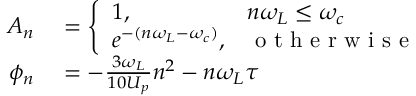
\begin{array} { r l } { A _ { n } } & { { } = \left\{ \begin{array} { l l } { 1 , } & { n \omega _ { L } \leq \omega _ { c } } \\ { e ^ { - ( n \omega _ { L } - \omega _ { c } ) } , } & { \mathrm { ~ o ~ t ~ h ~ e ~ r ~ w ~ i ~ s ~ e ~ } } \end{array} \right. } \\ { \phi _ { n } } & { { } = - \frac { 3 \omega _ { L } } { 1 0 U _ { p } } n ^ { 2 } - n \omega _ { L } \tau } \end{array}